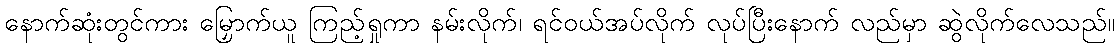
နောက်ဆုံးတွင်ကား မြှောက်ယူ ကြည့်ရှုကာ နမ်းလိုက်၊ ရင်ဝယ်အပ်လိုက် လုပ်ပြီးနောက် လည်မှာ ဆွဲလိုက်လေသည်။